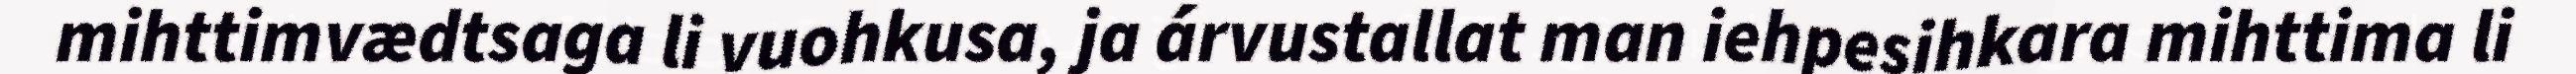
mihttimvædtsaga li vuohkusa, ja árvustallat man iehpesihkara mihttima li